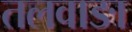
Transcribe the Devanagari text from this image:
तलवाङा